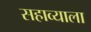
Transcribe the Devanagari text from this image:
सहाव्याला